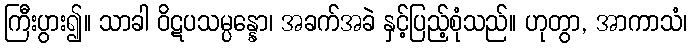
ကြီးပွား၍။ သာခါ ဝိဋပသမ္ပန္နော၊ အခက်အခဲ နှင့်ပြည့်စုံသည်။ ဟုတွာ, အာကာသံ၊